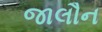
જાલૌન